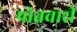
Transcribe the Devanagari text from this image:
पोतवारी